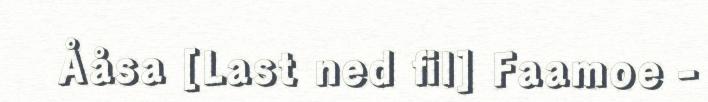
Ååsa [Last ned fil] Faamoe -